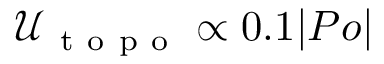
\mathcal { U } _ { \mathrm { ~ t ~ o ~ p ~ o ~ } } \propto 0 . 1 | P o |